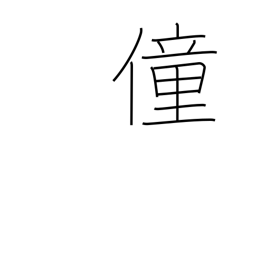
Meaning: foolishness